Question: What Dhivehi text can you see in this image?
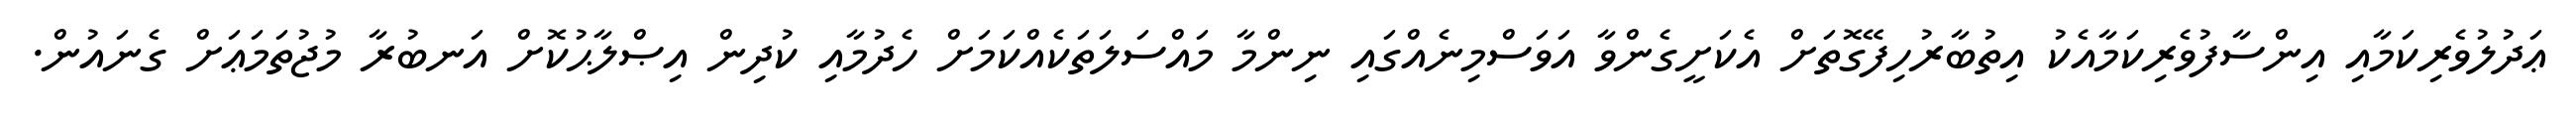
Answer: ޢަދުލުވެރިކަމާއި އިންސާފުވެރިކަމާއެކު އިތުބާރުހިފޭގޮތަށް އެކަށީގެންވާ އަވަސްމިނެއްގައި ނިންމާ މައްސަލަތަކެއްކަމަށް ހެދުމާއި ކުދިން އިޞްލާޙުކޮށް އަނބުރާ މުޖުތަމަޢަށް ގެނައުން.